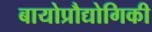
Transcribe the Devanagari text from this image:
बायोप्रौद्योगिकी